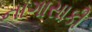
નાગાસાકી